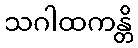
သဂါထကန္တိ